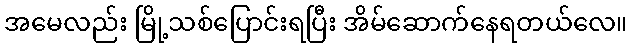
အမေလည်း မြို့သစ်ပြောင်းရပြီး အိမ်ဆောက်နေရတယ်လေ။